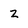
Character: 2